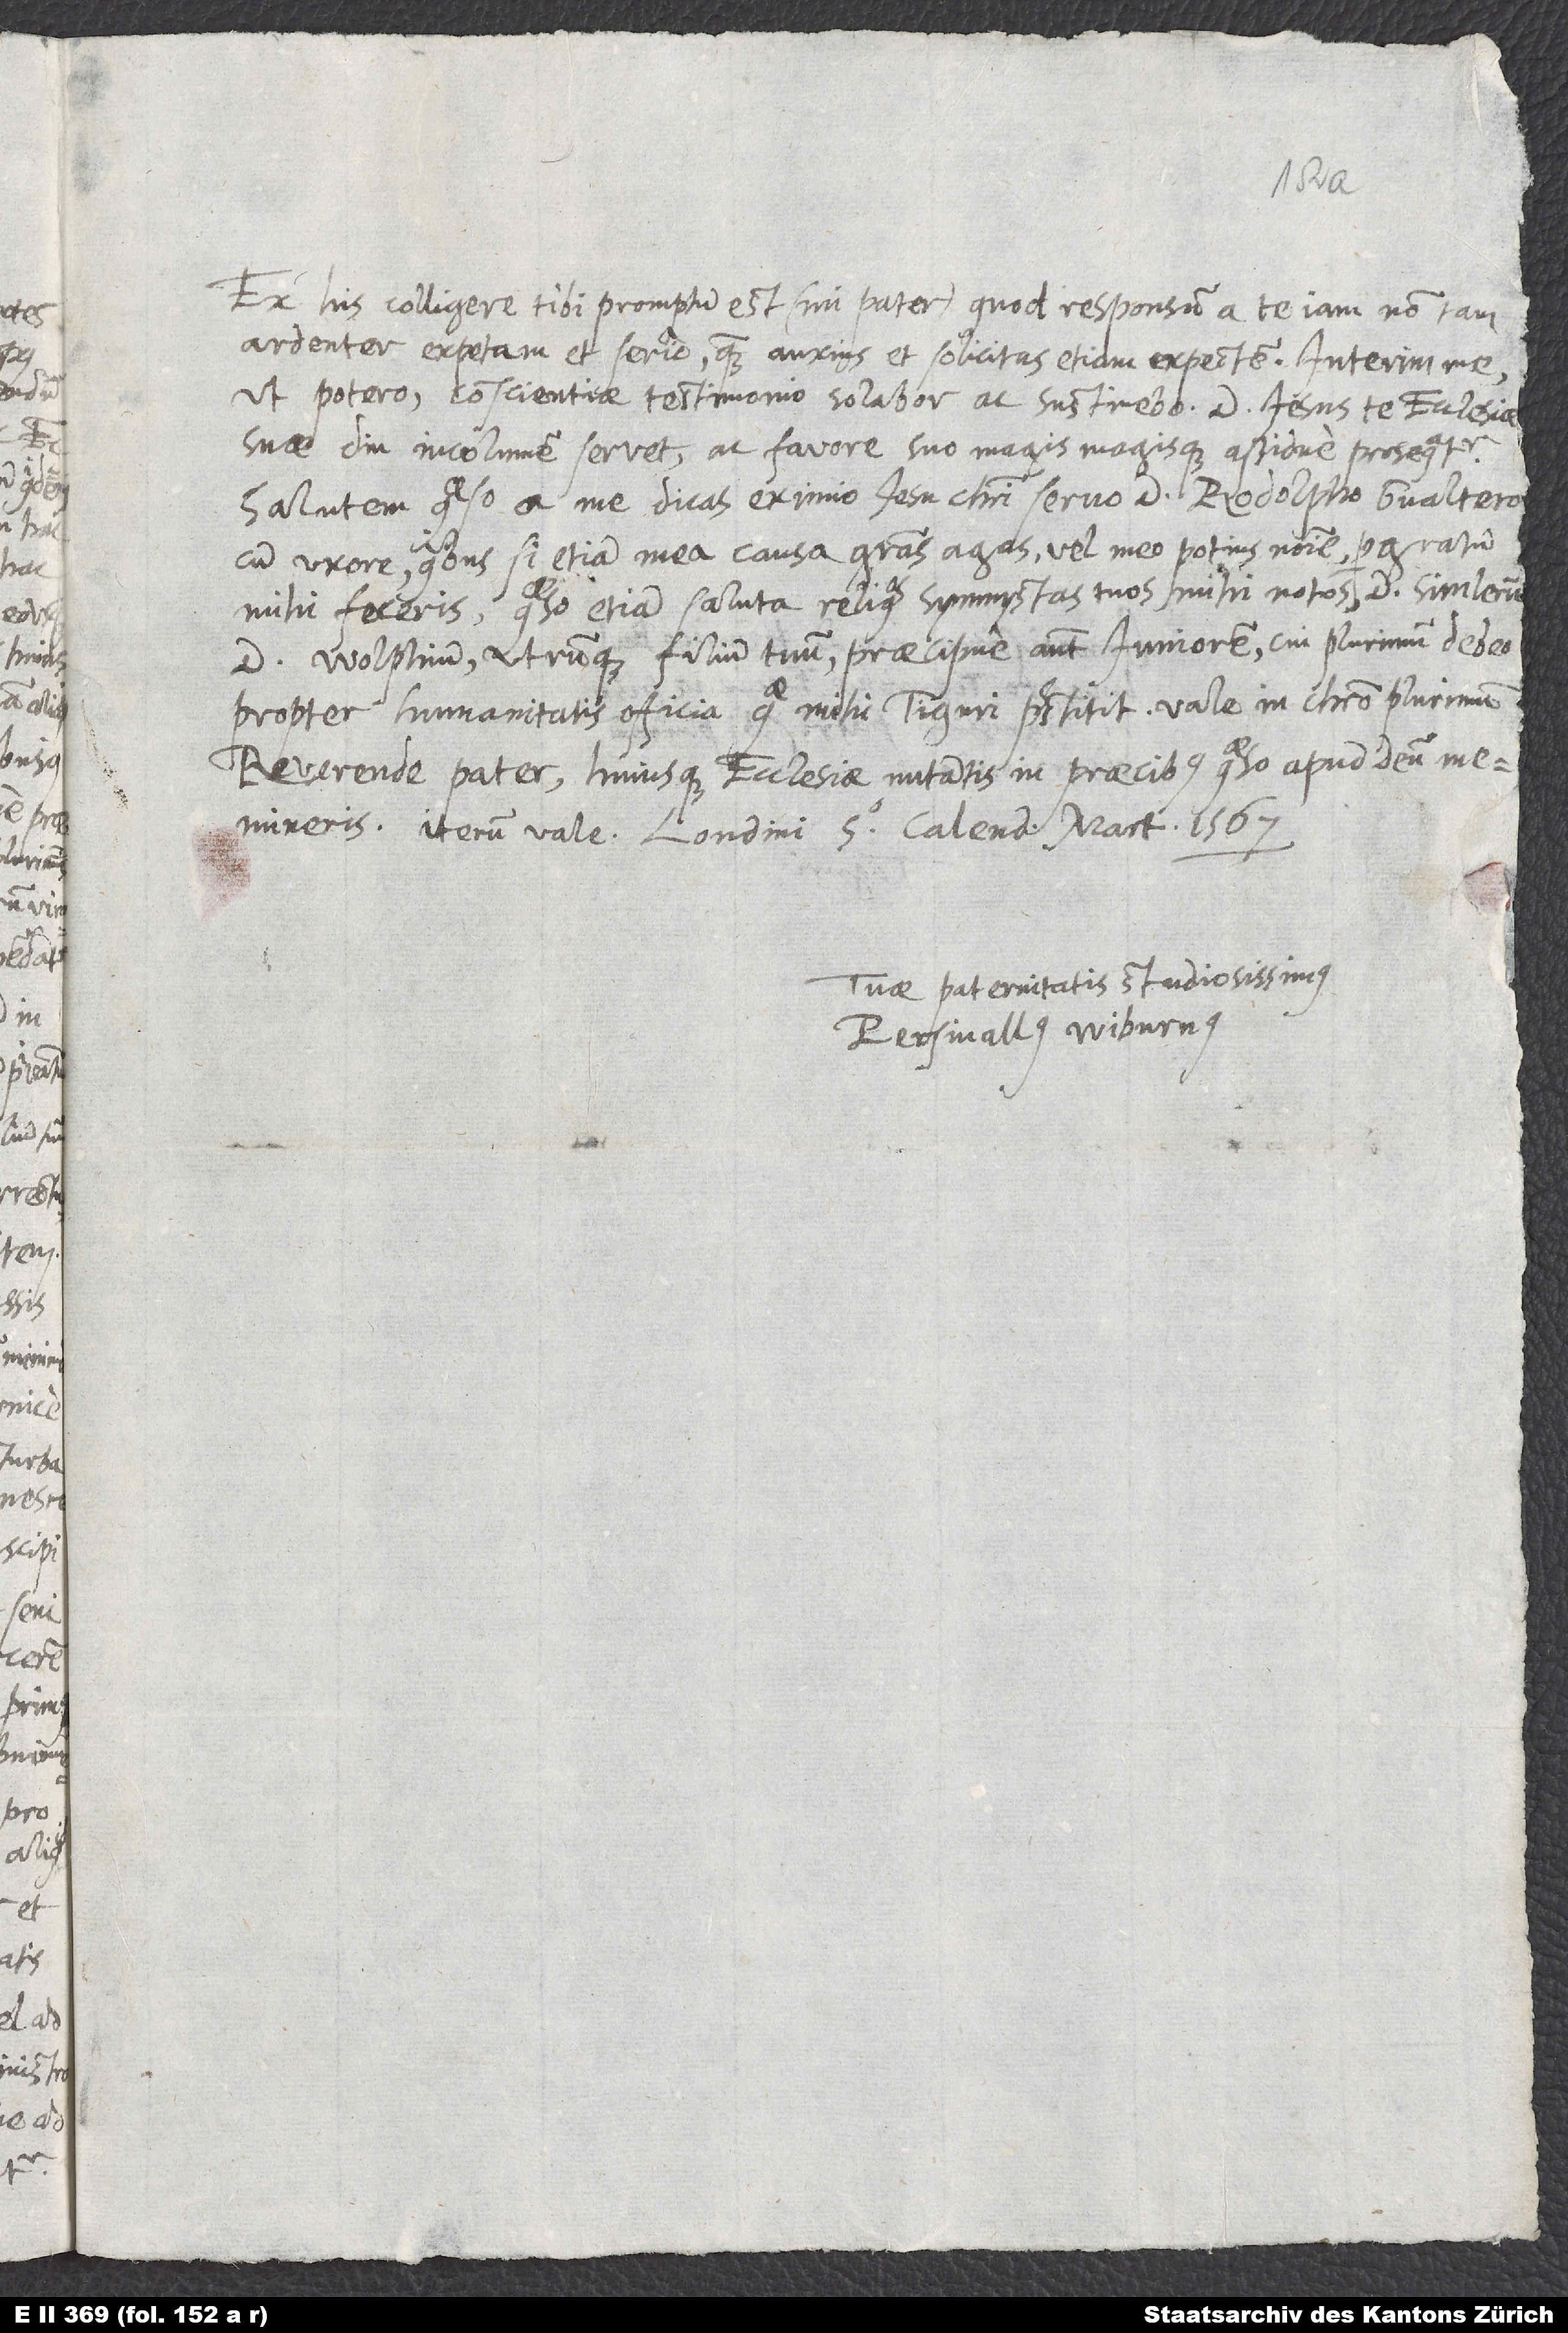
Ex his colligere tibi promptum est, (mi pater), quod responsum a te iam non tam
ardenter expetam et serio quam anxius et solicitus etiam expectem. Interim me,
ut potero, conscientiae testimonio solabor ac sustinebo. Dominus Iesus te ecclesiae
suae diu incolumem servet ac favore suo magis magisque assidue prosequatur!
Salutem, quaeso, a me dicas eximio Iesu Christi servo d. Rodolpho Gvaltero
cum uxore; quibus si etiam mea causa gratias agas vel meo potius nomine, pergratum
d. Wolphium, utrumque filium tuum, praecipue autem iuniorem, cui plurimum debeo
reverende pater, huiusque ecclesiae nutantis in praecibus, quaeso, apud deum
memineris. Iterum vale. Londini 5 calendas martii 1567.
Tuae paternitatis studiosissimus
Persivallus Wiburnus.